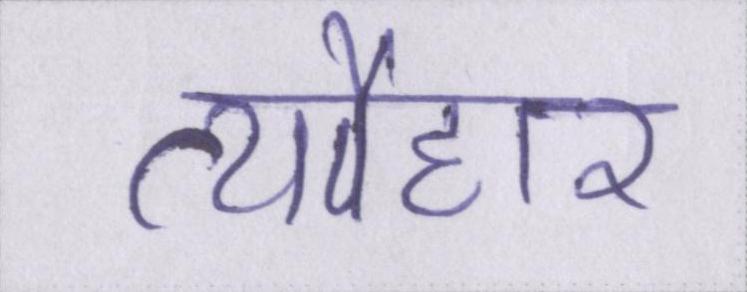
त्यौहार